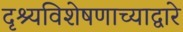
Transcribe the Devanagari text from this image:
दृश्यविशेषणाच्याद्वारे